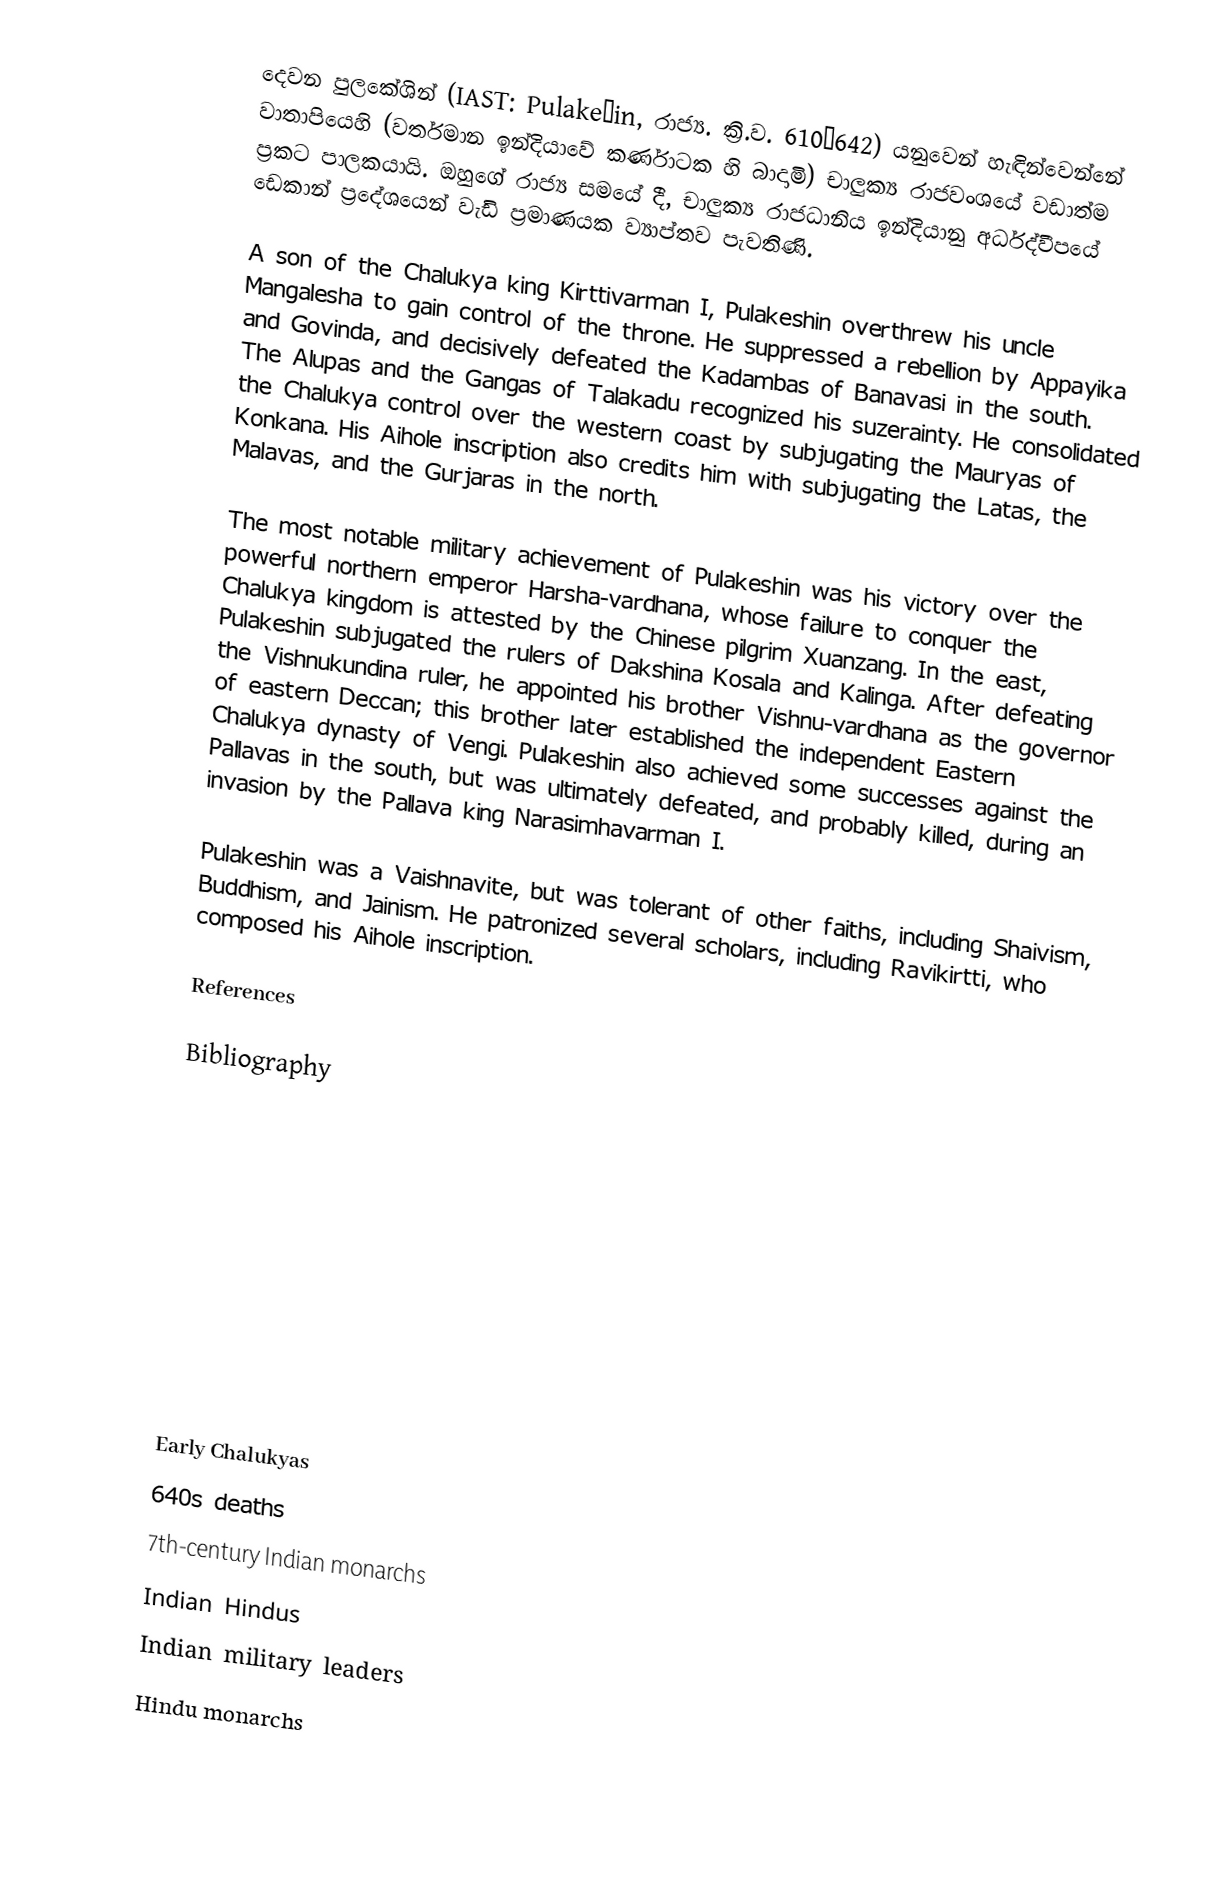
දෙවන පුලකේශින් (IAST: Pulakeśin, ‍රාජ්‍ය. ක්‍රි.ව. 610–642) යනුවෙන් හැඳින්වෙන්නේ වාතාපියෙහි (වර්තමාන ඉන්දියාවේ කර්ණාටක හි බාදාමි) චාලුක්‍ය රාජවංශයේ වඩාත්ම ප්‍රකට පාලකයායි. ඔහුගේ රාජ්‍ය සමයේ දී, චාලුක්‍ය රාජධානිය ඉන්දියානු අර්ධද්වීපයේ ඩෙකාන් ප්‍රදේශයෙන් වැඩි ප්‍රමාණයක ව්‍යාප්තව පැවතිණි.

A son of the Chalukya king Kirttivarman I, Pulakeshin overthrew his uncle Mangalesha to gain control of the throne. He suppressed a rebellion by Appayika and Govinda, and decisively defeated the Kadambas of Banavasi in the south. The Alupas and the Gangas of Talakadu recognized his suzerainty. He consolidated the Chalukya control over the western coast by subjugating the Mauryas of Konkana. His Aihole inscription also credits him with subjugating the Latas, the Malavas, and the Gurjaras in the north.

The most notable military achievement of Pulakeshin was his victory over the powerful northern emperor Harsha-vardhana, whose failure to conquer the Chalukya kingdom is attested by the Chinese pilgrim Xuanzang. In the east, Pulakeshin subjugated the rulers of Dakshina Kosala and Kalinga. After defeating the Vishnukundina ruler, he appointed his brother Vishnu-vardhana as the governor of eastern Deccan; this brother later established the independent Eastern Chalukya dynasty of Vengi. Pulakeshin also achieved some successes against the Pallavas in the south, but was ultimately defeated, and probably killed, during an invasion by the Pallava king Narasimhavarman I.

Pulakeshin was a Vaishnavite, but was tolerant of other faiths, including Shaivism, Buddhism, and Jainism. He patronized several scholars, including Ravikirtti, who composed his Aihole inscription.

References

Bibliography

Early Chalukyas
640s deaths
7th-century Indian monarchs
Indian Hindus
Indian military leaders
Hindu monarchs